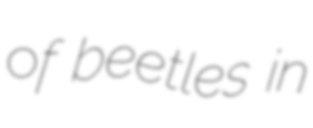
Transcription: of beetles in